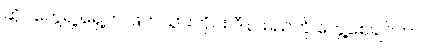
ဆိုင်တွေရဲ့ ရှေ့က ဖြတ်သွားတိုင်း ဒီနာမည်ကို တွေ့စေချင်တာ။